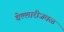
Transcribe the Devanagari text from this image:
बेल्लारीजवळ